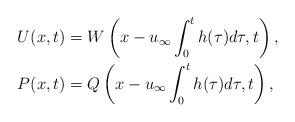
LaTeX: \begin{align*}&U(x,t)=W\left(x-u_\infty\int_0^th(\tau)d\tau, t\right), \\&P(x,t)=Q\left(x-u_\infty\int_0^th(\tau)d\tau, t\right),\end{align*}